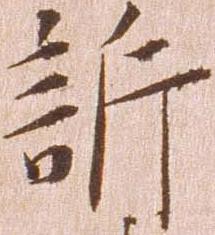
訴